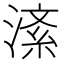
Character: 𪶸